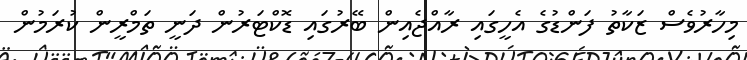
މިހާރުވެސް ޒަކާތު ފަންޑުގެ އެހީގައި ރާއްޖެއިން ބޭރުގައި ޑޮކްޓަރުން ދަނީ ތަމްރީން ކުރަމުން